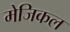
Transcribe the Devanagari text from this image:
मेजिकल